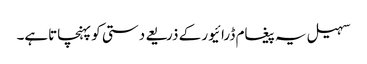
سہیل یہ پیغام ڈرائیور کے ذریعے دستی کو پہنچاتاہے۔